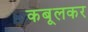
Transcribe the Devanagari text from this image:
कबूलकर